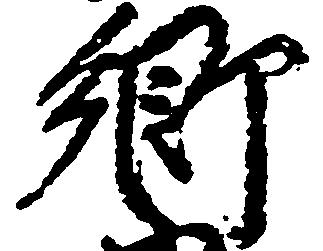
郷